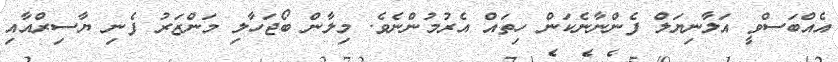
އެއްބަސްވީ އަލާނިޔަލް ފެންނާނެކަން ހިތައް އެރުމުންނެވެ. މިލާން ބޯޖަހާލި މަންޒަރު ފެނި ޔާސިރްއާއި